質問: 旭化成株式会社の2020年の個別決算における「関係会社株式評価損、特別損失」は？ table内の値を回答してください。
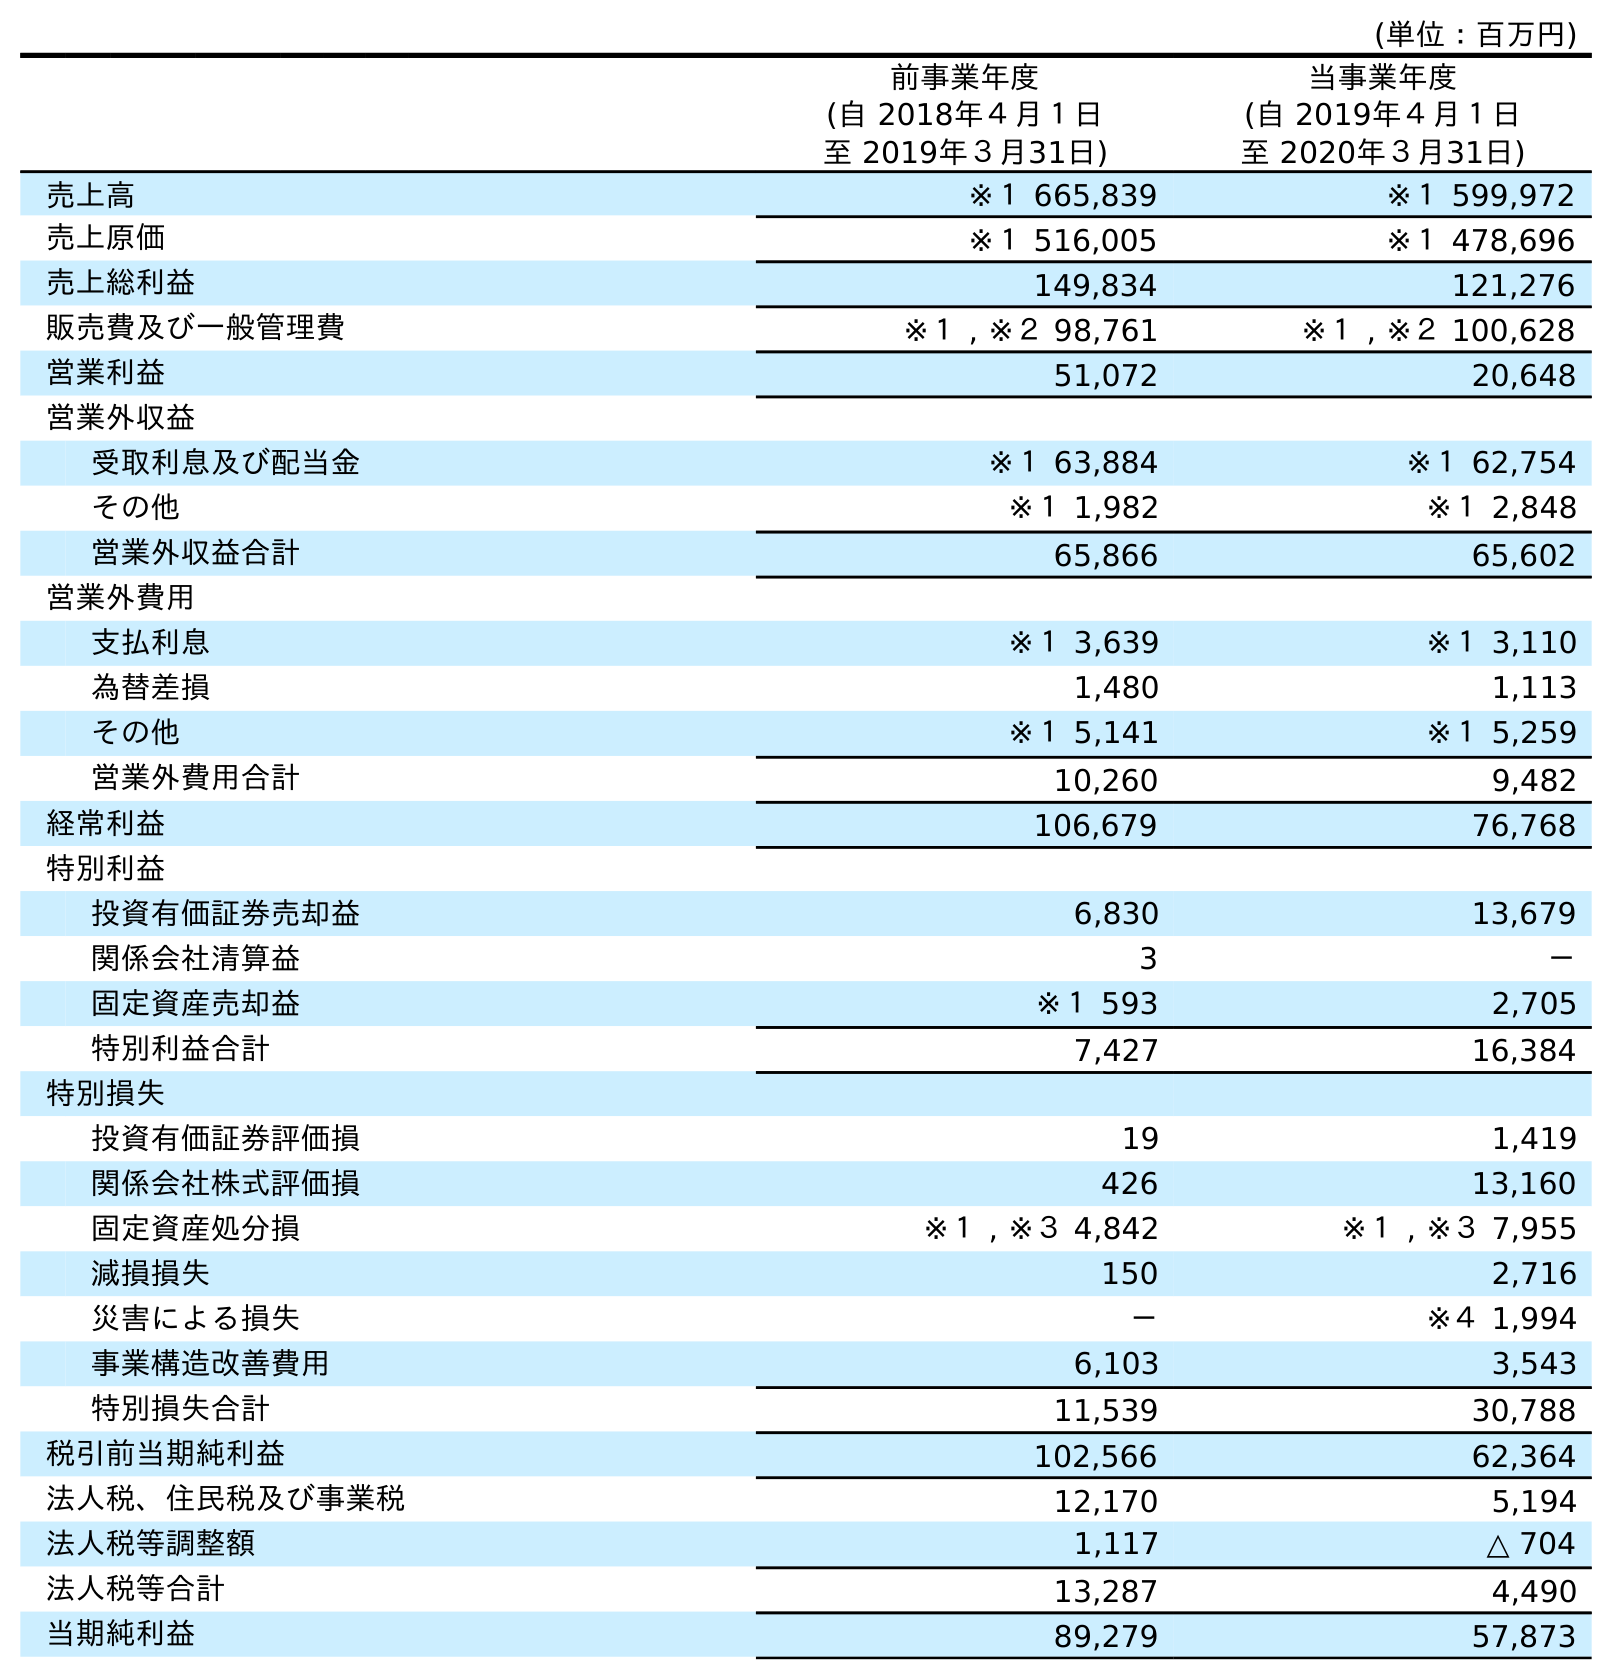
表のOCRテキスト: (単位：百万円) 前事業年度 (自 2018年４月１日 至 2019年３月31日) 当事業年度 (自 2019年４月１日 至 2020年３月31日) 売上高 ※１ 665,839 ※１ 599,972 売上原価 ※１ 516,005 ※１ 478,696 売上総利益 149,834 121,276 販売費及び一般管理費 ※１ , ※２ 98,761 ※１ , ※２ 100,628 営業利益 51,072 20,648 営業外収益 受取利息及び配当金 ※１ 63,884 ※１ 62,754 その他 ※１ 1,982 ※１ 2,848 営業外収益合計 65,866 65,602 営業外費用 支払利息 ※１ 3,639 ※１ 3,110 為替差損 1,480 1,113 その他 ※１ 5,141 ※１ 5,259 営業外費用合計 10,260 9,482 経常利益 106,679 76,768 特別利益 投資有価証券売却益 6,830 13,679 関係会社清算益 3 － 固定資産売却益 ※１ 593 2,705 特別利益合計 7,427 16,384 特別損失 投資有価証券評価損 19 1,419 関係会社株式評価損 426 13,160 固定資産処分損 ※１ , ※３ 4,842 ※１ , ※３ 7,955 減損損失 150 2,716 災害による損失 － ※４ 1,994 事業構造改善費用 6,103 3,543 特別損失合計 11,539 30,788 税引前当期純利益 102,566 62,364 法人税、住民税及び事業税 12,170 5,194 法人税等調整額 1,117 △ 704 法人税等合計 13,287 4,490 当期純利益 89,279 57,873
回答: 13,160